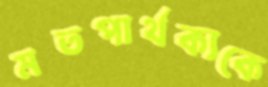
মতপার্থক্যকে